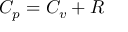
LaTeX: C _ { p } = C _ { v } + R